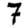
Digit: 7